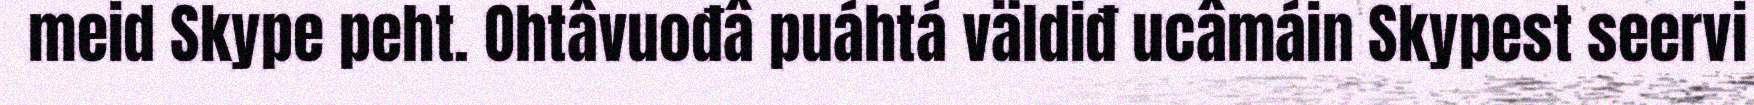
meid Skype peht. Ohtâvuođâ puáhtá väldiđ ucâmáin Skypest seervi